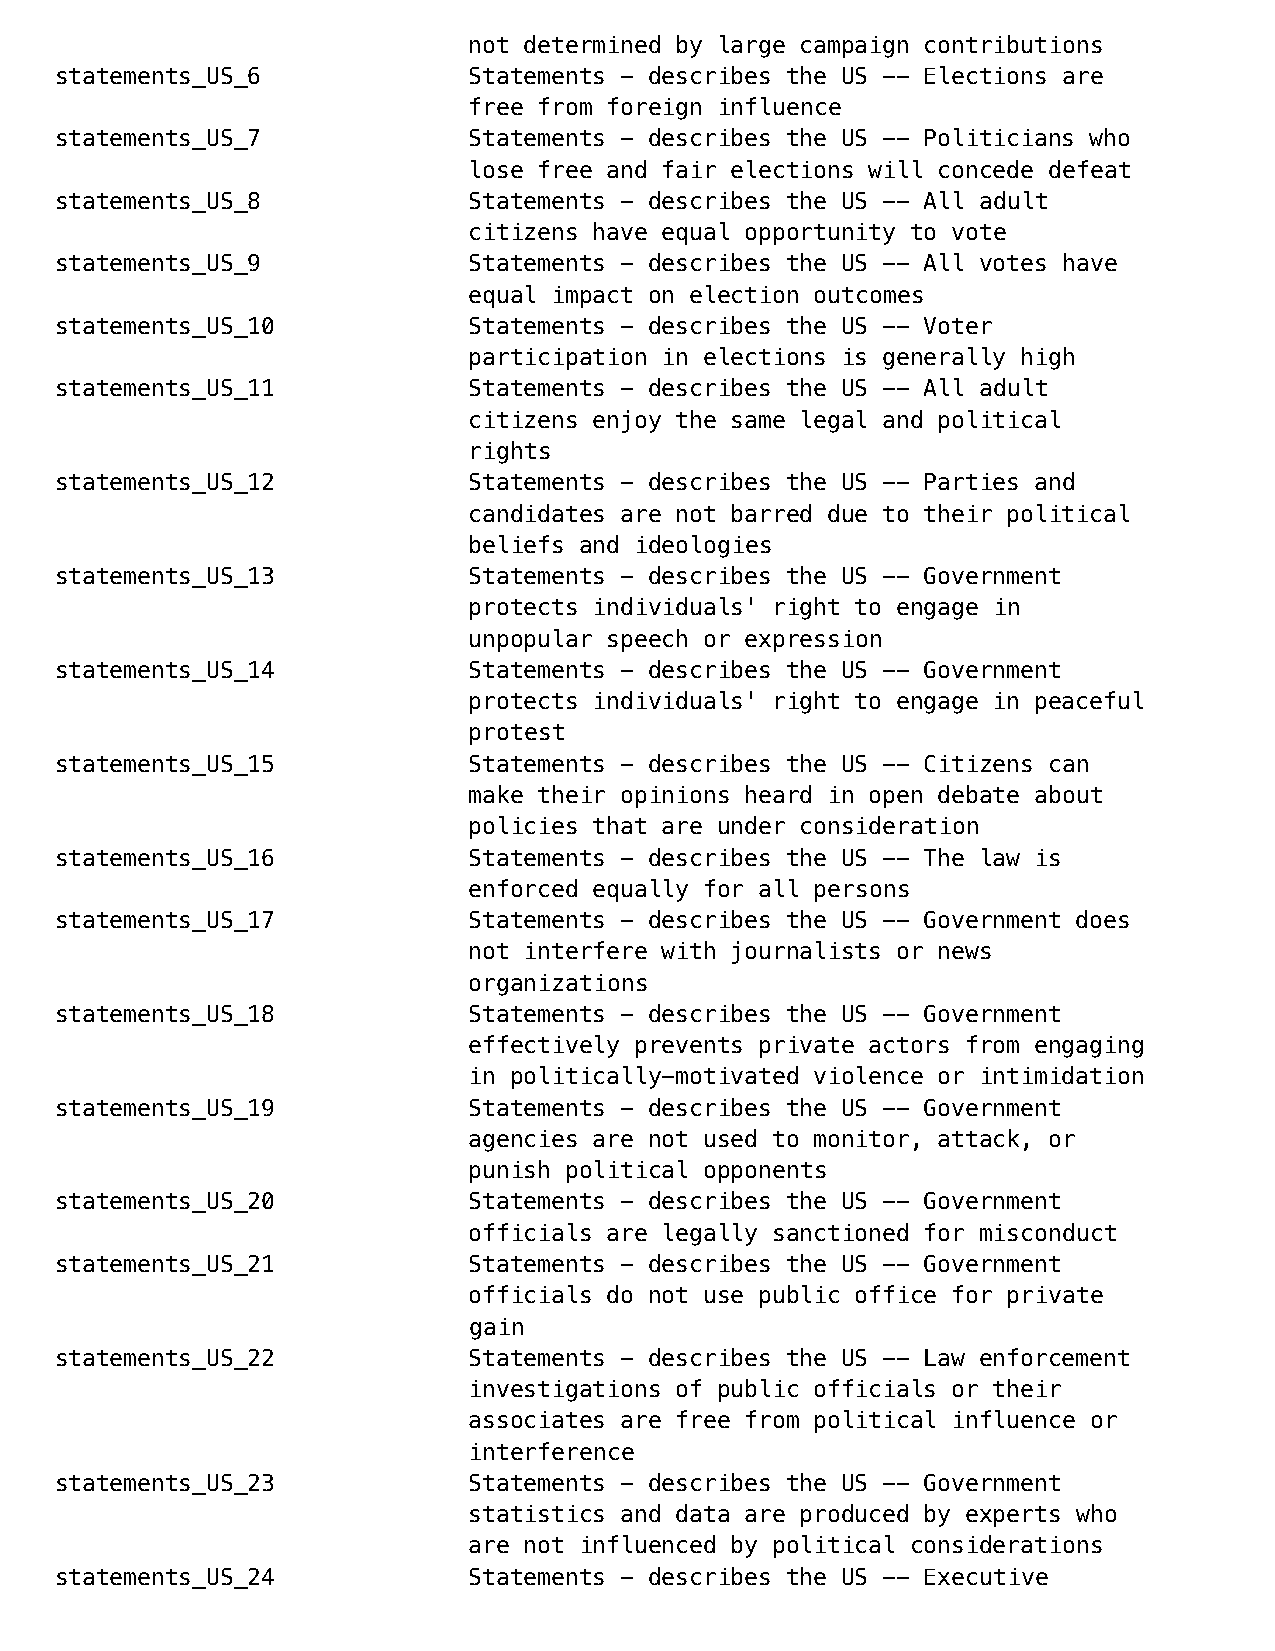
not determined by large campaign contributions
 statements_US_6            Statements - describes the US -- Elections are
 free from foreign influence
 statements_US_7            Statements - describes the US -- Politicians who
 lose free and fair elections will concede defeat
 statements_US_8            Statements - describes the US -- All adult
 citizens have equal opportunity to vote
 statements_US_9            Statements - describes the US -- All votes have
 equal impact on election outcomes
 statements_US_10           Statements - describes the US -- Voter
 participation in elections is generally high
 statements_US_11           Statements - describes the US -- All adult
 citizens enjoy the same legal and political
 rights
 statements_US_12           Statements - describes the US -- Parties and
 candidates are not barred due to their political
 beliefs and ideologies
 statements_US_13           Statements - describes the US -- Government
 protects individuals' right to engage in
 unpopular speech or expression
 statements_US_14           Statements - describes the US -- Government
 protects individuals' right to engage in peaceful
 protest
 statements_US_15           Statements - describes the US -- Citizens can
 make their opinions heard in open debate about
 policies that are under consideration
 statements_US_16           Statements - describes the US -- The law is
 enforced equally for all persons
 statements_US_17           Statements - describes the US -- Government does
 not interfere with journalists or news
 organizations
 statements_US_18           Statements - describes the US -- Government
 effectively prevents private actors from engaging
 in politically-motivated violence or intimidation
 statements_US_19           Statements - describes the US -- Government
 agencies are not used to monitor, attack, or
 punish political opponents
 statements_US_20           Statements - describes the US -- Government
 officials are legally sanctioned for misconduct
 statements_US_21           Statements - describes the US -- Government
 officials do not use public office for private
 gain
 statements_US_22           Statements - describes the US -- Law enforcement
 investigations of public officials or their
 associates are free from political influence or
 interference
 statements_US_23           Statements - describes the US -- Government
 statistics and data are produced by experts who
 are not influenced by political considerations
 statements_US_24           Statements - describes the US -- Executive